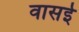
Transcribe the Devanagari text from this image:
वासई